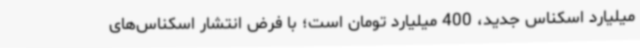
میلیارد اسکناس جدید، 400 میلیارد تومان است؛ با فرض انتشار اسکناس‌های